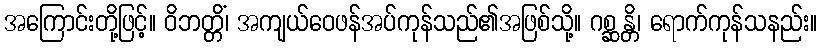
အကြောင်းတို့ဖြင့်။ ဝိဘတ္တိံ၊ အကျယ်ဝေဖန်အပ်ကုန်သည်၏အဖြစ်သို့။ ဂစ္ဆန္တိ၊ ရောက်ကုန်သနည်း။